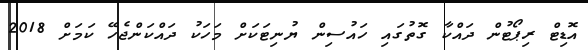
އޮޑިޓް ރިޕޯޓުން ދައްކާ ގޮތުގައި ހައުސިން ޔުނިޓަކަށް މަހަކު ދައްކަންޖެހޭ ކަމަށް 2018